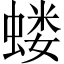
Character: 蝼